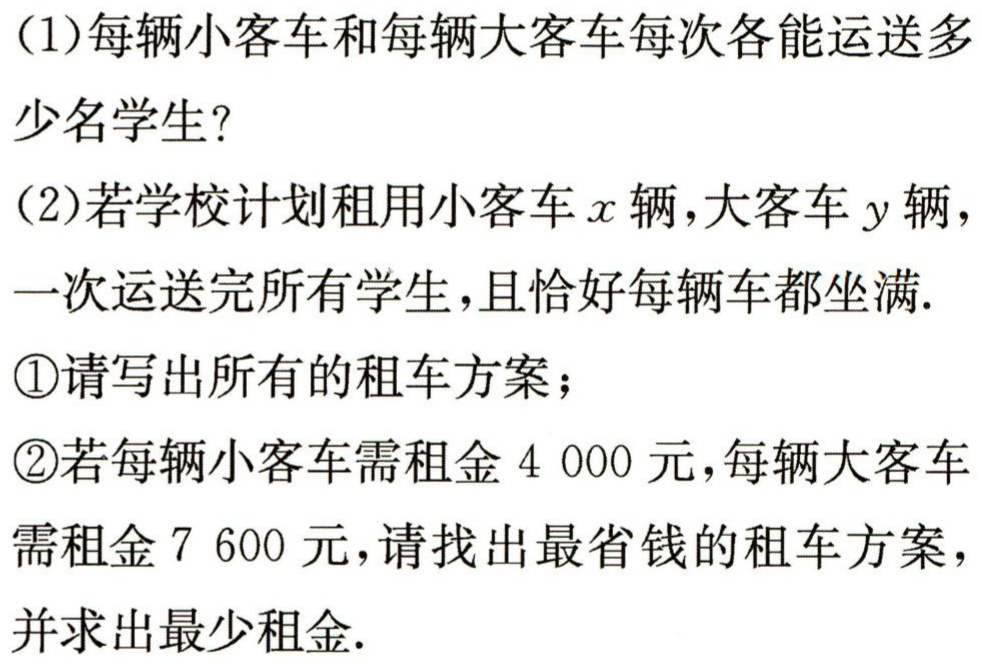
（1）每辆小客车和每辆大客车每次各能运送多少名学生？

（2）若学校计划租用小客车\(x\)辆，大客车\(y\)辆，一次运送完所有学生，且恰好每辆车都坐满.

\textcircled{1}请写出所有的租车方案；

\textcircled{2}若每辆小客车需租金\(4 000\)元，每辆大客车需租金\(7 600\)元，请找出最省钱的租车方案，并求出最少租金.